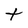
Character: t